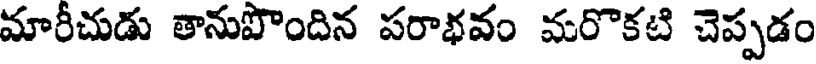
మారీచుడు తానుపొందిన పరాభవం మరొకటి చెప్పడం